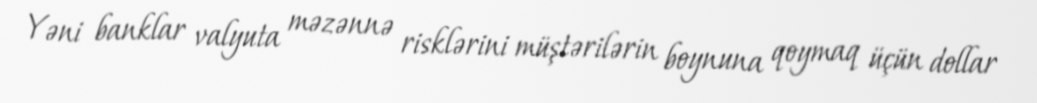
Yəni banklar valyuta məzənnə risklərini müştərilərin boynuna qoymaq üçün dollar